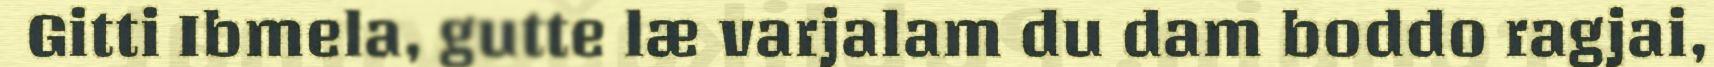
Gitti Ibmela, gutte læ varjalam du dam boddo ragjai,